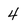
Character: 4